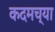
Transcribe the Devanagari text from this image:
कदमच्या